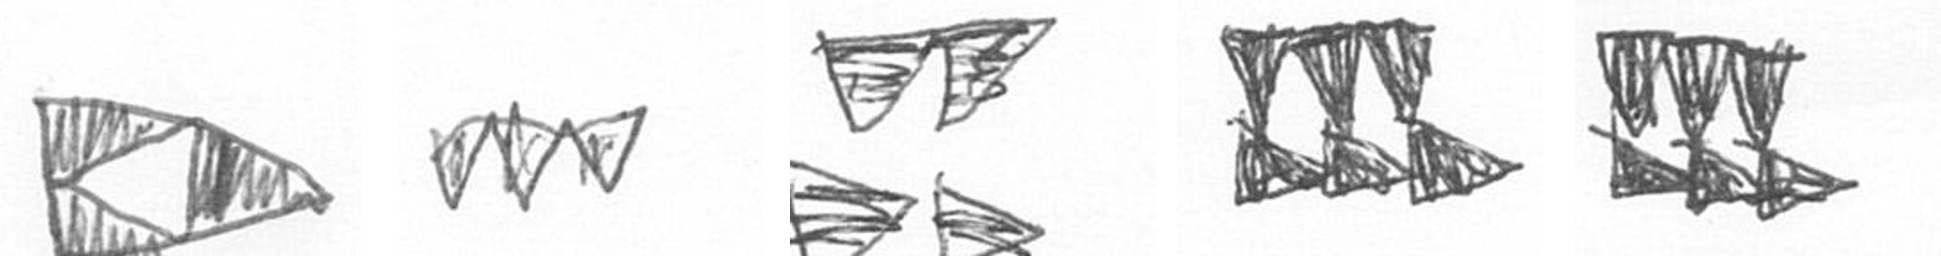
K L B D D